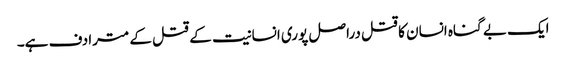
ایک بے گناہ انسان کا قتل دراصل پوری انسانیت کے قتل کے مترادف ہے۔